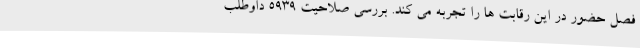
فصل حضور در این رقابت ها را تجربه می کند. بررسی صلاحیت ۵۹۳۹ داوطلب